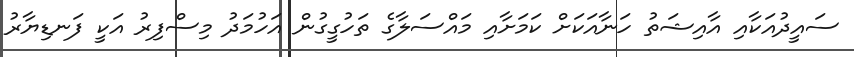
ސައީދުއަކާއި އާއިޝަތު ހަނާއަކަށް ކަމަށާއި މައްސަލާގެ ތަހުގީގުން އަހުމަދު މިސްފިރު އަކީ ފަނޑިޔާރު